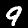
Digit: 9